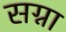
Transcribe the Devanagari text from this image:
सग्ना